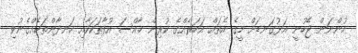
ހުންނަން ޖެހުނީ އަޅުގަނޑަށް މީގެ އެތައް އަހަރެއްގެ ކުރިން ޚާއްސަ އުފާތަކަކާއި ހަނދާންތަކެއްގެނުވި